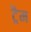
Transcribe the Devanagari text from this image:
ट्रैम